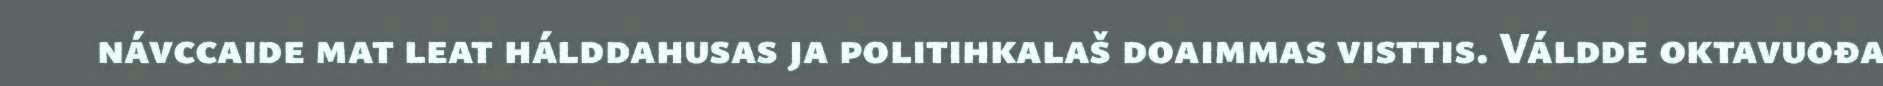
návccaide mat leat hálddahusas ja politihkalaš doaimmas visttis. Váldde oktavuođa